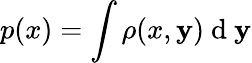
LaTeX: p(x)=\int\rho(x,\mathbf{y})\mathrm{{~d~}}\mathbf{y}